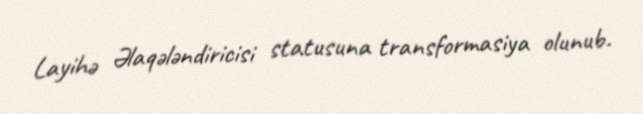
Layihə Əlaqələndiricisi statusuna transformasiya olunub.